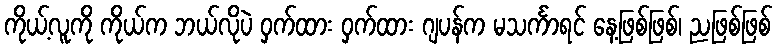
ကိုယ့်လူကို ကိုယ်က ဘယ်လိုပဲ ဝှက်ထား ဝှက်ထား ဂျပန်က မသင်္ကာရင် နေ့ဖြစ်ဖြစ်၊ ညဖြစ်ဖြစ်